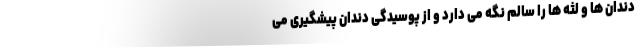
دندان ها و لثه ها را سالم نگه می دارد و از پوسیدگی دندان پیشگیری می